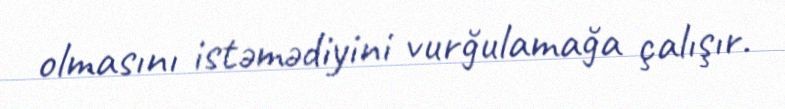
olmasını istəmədiyini vurğulamağa çalışır.